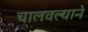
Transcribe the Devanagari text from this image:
चालवल्याने